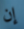
إن